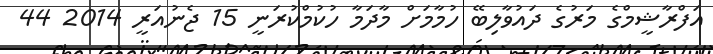
އަފްރާޝީމްގެ މަރުގެ ދައުވާލިބޭ ހުމާމަށް މާދަމާ ހުކުމްކުރަނީ 15 ޖެނުއަރީ 2014 44